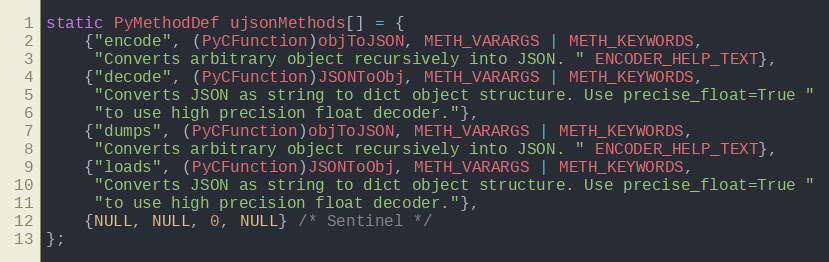
Language: C
static PyMethodDef ujsonMethods[] = {
    {"encode", (PyCFunction)objToJSON, METH_VARARGS | METH_KEYWORDS,
     "Converts arbitrary object recursively into JSON. " ENCODER_HELP_TEXT},
    {"decode", (PyCFunction)JSONToObj, METH_VARARGS | METH_KEYWORDS,
     "Converts JSON as string to dict object structure. Use precise_float=True "
     "to use high precision float decoder."},
    {"dumps", (PyCFunction)objToJSON, METH_VARARGS | METH_KEYWORDS,
     "Converts arbitrary object recursively into JSON. " ENCODER_HELP_TEXT},
    {"loads", (PyCFunction)JSONToObj, METH_VARARGS | METH_KEYWORDS,
     "Converts JSON as string to dict object structure. Use precise_float=True "
     "to use high precision float decoder."},
    {NULL, NULL, 0, NULL} /* Sentinel */
};